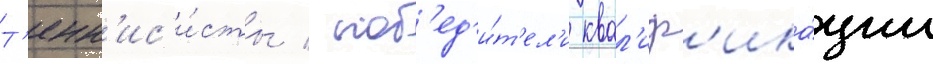
Т'енн'ис'и́сты / поб'ед'и́т'ел'и квал'иф'ика́ции